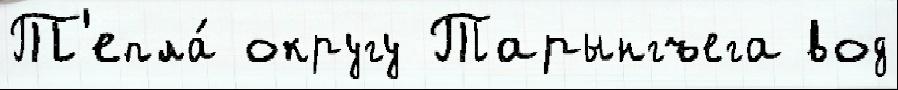
Т'епла́ округу Тарынгъега вод